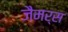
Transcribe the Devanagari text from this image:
जैमर्स